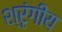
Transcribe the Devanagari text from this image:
श्रृंगीय